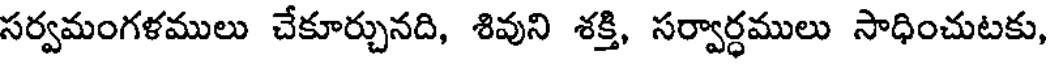
సర్వమంగళములు చేకూర్చునది, శివుని శక్తి, సర్వార్ధములు సాధించుటకు,